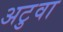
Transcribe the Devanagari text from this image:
अटुवा